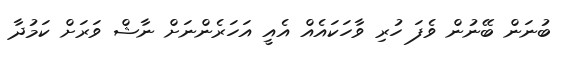
ބުނަން ބޭނުން ވެފަ ހުރި ވާހަކައެއް އެއީ އަހަރެންނަށް ނާޝް ވަރަށް ކަމުދާ